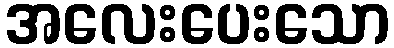
အလေးပေးသော